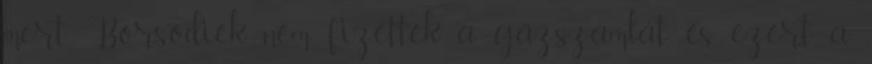
mert Borsodiék nem fizették a gázszámlát, és ezért a